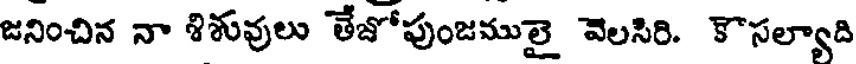
జనించిన నా శిశువులు తేజోపుంజములై వెలసిరి. కౌసల్యాది